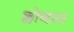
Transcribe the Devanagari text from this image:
क्लोव्हला